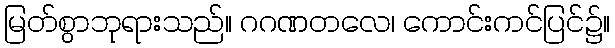
မြတ်စွာဘုရားသည်။ ဂဂဏတလေ၊ ကောင်းကင်ပြင်၌။